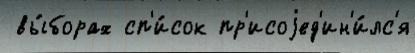
 вы́борах сп'и́сок пр'исоjед'ин'и́лс'я